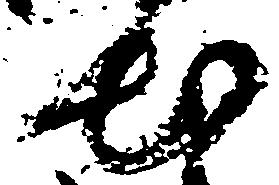
出